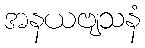
အနယဗျသနံ